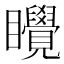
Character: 𬑬